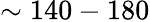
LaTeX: \sim 140-180